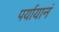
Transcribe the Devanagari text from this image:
पर्यायानं